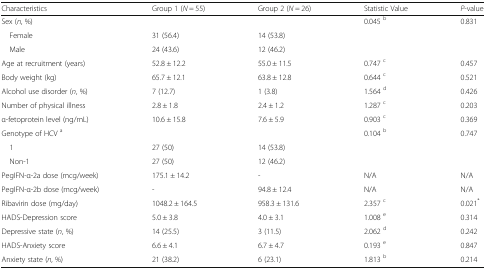
<table><thead><tr><td><b>Characteristics</b></td><td><b>Group 1 (<i>N</i> = 55)</b></td><td><b>Group 2 (<i>N</i> = 26)</b></td><td><b>Statistic Value</b></td><td><b><i>P</i>-value</b></td></tr></thead><tbody><tr><td>Sex (<i>n</i>, %)</td><td></td><td></td><td>0.045 <sup>b</sup></td><td>0.831</td></tr><tr><td> Female</td><td>31 (56.4)</td><td>14 (53.8)</td><td></td><td></td></tr><tr><td> Male</td><td>24 (43.6)</td><td>12 (46.2)</td><td></td><td></td></tr><tr><td>Age at recruitment (years)</td><td>52.8 ± 12.2</td><td>55.0 ± 11.5</td><td>0.747 <sup>c</sup></td><td>0.457</td></tr><tr><td>Body weight (kg)</td><td>65.7 ± 12.1</td><td>63.8 ± 12.8</td><td>0.644 <sup>c</sup></td><td>0.521</td></tr><tr><td>Alcohol use disorder (<i>n</i>, %)</td><td>7 (12.7)</td><td>1 (3.8)</td><td>1.564 <sup>d</sup></td><td>0.426</td></tr><tr><td>Number of physical illness</td><td>2.8 ± 1.8</td><td>2.4 ± 1.2</td><td>1.287 <sup>c</sup></td><td>0.203</td></tr><tr><td>α-fetoprotein level (ng/mL)</td><td>10.6 ± 15.8</td><td>7.6 ± 5.9</td><td>0.903 <sup>c</sup></td><td>0.369</td></tr><tr><td>Genotype of HCV <sup>a</sup></td><td></td><td></td><td>0.104 <sup>b</sup></td><td>0.747</td></tr><tr><td> 1</td><td>27 (50)</td><td>14 (53.8)</td><td></td><td></td></tr><tr><td> Non-1</td><td>27 (50)</td><td>12 (46.2)</td><td></td><td></td></tr><tr><td>PegIFN-α-2a dose (mcg/week)</td><td>175.1 ± 14.2</td><td>-</td><td>N/A</td><td>N/A</td></tr><tr><td>PegIFN-α-2b dose (mcg/week)</td><td>-</td><td>94.8 ± 12.4</td><td>N/A</td><td>N/A</td></tr><tr><td>Ribavirin dose (mg/day)</td><td>1048.2 ± 164.5</td><td>958.3 ± 131.6</td><td>2.357 <sup>c</sup></td><td>0.021<sup>*</sup></td></tr><tr><td>HADS-Depression score</td><td>5.0 ± 3.8</td><td>4.0 ± 3.1</td><td>1.008 <sup>e</sup></td><td>0.314</td></tr><tr><td>Depressive state (<i>n</i>, %)</td><td>14 (25.5)</td><td>3 (11.5)</td><td>2.062 <sup>d</sup></td><td>0.242</td></tr><tr><td>HADS-Anxiety score</td><td>6.6 ± 4.1</td><td>6.7 ± 4.7</td><td>0.193 <sup>e</sup></td><td>0.847</td></tr><tr><td>Anxiety state (<i>n</i>, %)</td><td>21 (38.2)</td><td>6 (23.1)</td><td>1.813 <sup>b</sup></td><td>0.214</td></tr></tbody></table>